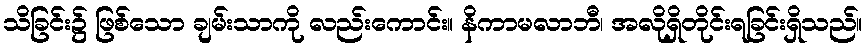
သိခြင်း၌ ဖြစ်သော ချမ်းသာကို လည်းကောင်း။ နိကာမလာဘီ၊ အလိုရှိတိုင်းရခြင်းရှိသည်။